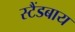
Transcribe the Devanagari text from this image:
स्टैंडबाय